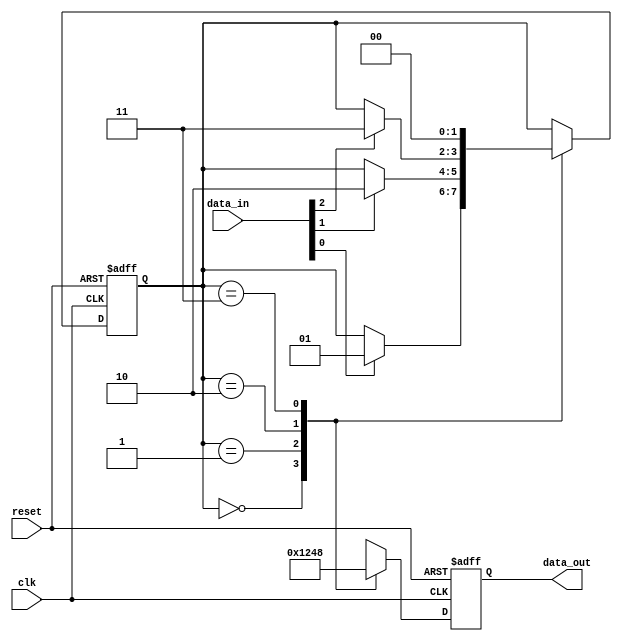
module edge_sensitive_block (
    input wire clk,          // Clock signal
    input wire reset,        // Reset signal
    input wire [3:0] data_in, // Data input
    output reg [3:0] data_out // Data output
);

    // State declaration
    reg [1:0] state;  // Example state variable

    // State encoding
    parameter STATE_0 = 2'b00;
    parameter STATE_1 = 2'b01;
    parameter STATE_2 = 2'b10;
    parameter STATE_3 = 2'b11;

    // Initialize state and output
    initial begin
        state = STATE_0;   // Initial state
        data_out = 4'b0000; // Initial output
    end

    // Always block sensitive to the negative edge of the clock
    always @(negedge clk or posedge reset) begin
        if (reset) begin
            // Reset condition: set state and output to initial values
            state <= STATE_0;
            data_out <= 4'b0000;
        end else begin
            // State transition logic
            case (state)
                STATE_0: begin
                    // Example transition logic
                    if (data_in[0]) begin
                        state <= STATE_1;
                    end
                end

                STATE_1: begin
                    if (data_in[1]) begin
                        state <= STATE_2;
                    end
                end

                STATE_2: begin
                    if (data_in[2]) begin
                        state <= STATE_3;
                    end
                end

                STATE_3: begin
                    // Loop back to STATE_0 for this example
                    state <= STATE_0;
                end

                default: state <= STATE_0; // Default case to avoid latches
            endcase

            // Output logic based on current state
            case (state)
                STATE_0: data_out <= 4'b0001; // Example output for STATE_0
                STATE_1: data_out <= 4'b0010; // Example output for STATE_1
                STATE_2: data_out <= 4'b0100; // Example output for STATE_2
                STATE_3: data_out <= 4'b1000; // Example output for STATE_3
                default: data_out <= 4'b0000; // Default output
            endcase
        end
    end

endmodule